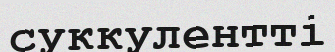
суккулентті